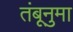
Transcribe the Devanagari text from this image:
तंबूनुमा